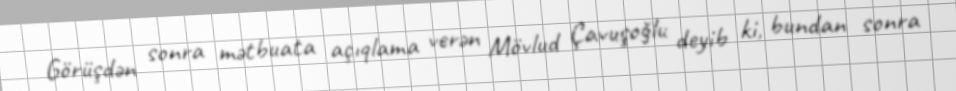
Görüşdən sonra mətbuata açıqlama verən Mövlud Çavuşoğlu deyib ki, bundan sonra